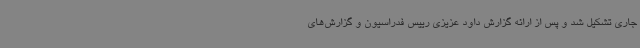
جاری تشکیل شد و پس از ارائه گزارش داود عزیزی رییس فدراسیون و گزارش‌های